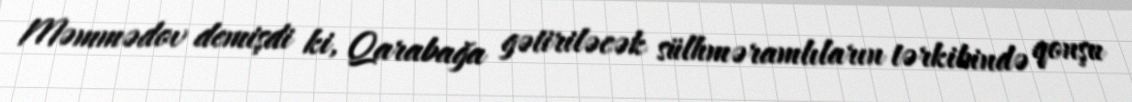
Məmmədov demişdi ki, Qarabağa gətiriləcək sülhməramlıların tərkibində qonşu